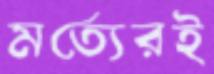
মর্ত্যেরই